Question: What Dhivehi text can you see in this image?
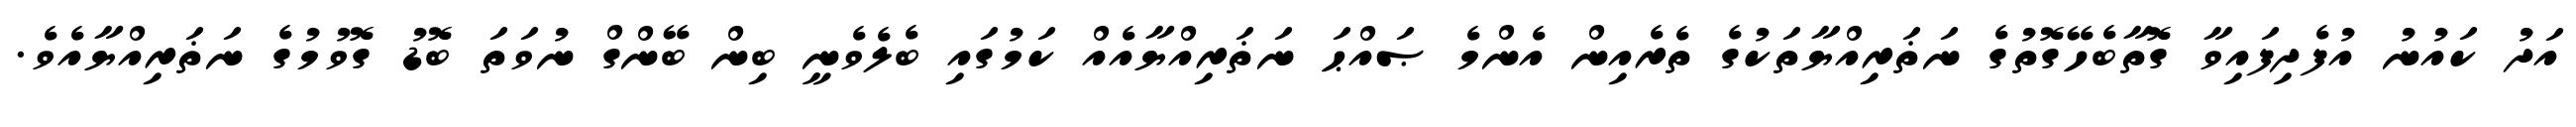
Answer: އަދު ކައުނު އުފެދިފައިވާ ގޮތާބެހޭގޮތުގެ ނަޡަރިއްޔާތަކުގެ ތެރެއިން އެންމެ ޞައްޙަ ނަޡަރިއްޔާއެއް ކަމުގައި ބެލެވެނީ ބިން ބޭންގް ނުވަތަ ބޮޑު ގޮވުމުގެ ނަޡަރިއްޔާއެވެ.